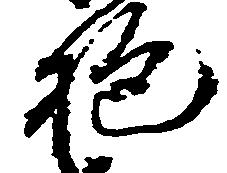
抱